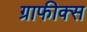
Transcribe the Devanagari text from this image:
ग्राफीक्स